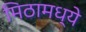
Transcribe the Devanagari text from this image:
मिठामध्ये